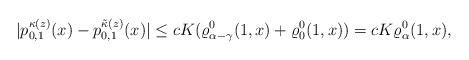
LaTeX: \begin{align*}|p^{\kappa (z)}_{0,1}(x)-p^{\tilde\kappa (z)}_{0,1}(x)|\leq cK(\varrho^0_{\alpha-\gamma}(1,x)+\varrho^0_{0}(1,x))=cK\varrho^0_{\alpha}(1,x),\end{align*}